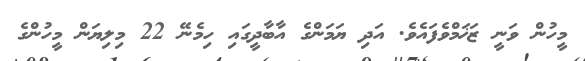
މީހުން ވަނީ ޒަޚަމްވެފައެވެ. އަދި ޔަމަންގެ އާބާދީގައި ހިމެނޭ 22 މިލިޔަން މީހުންގެ